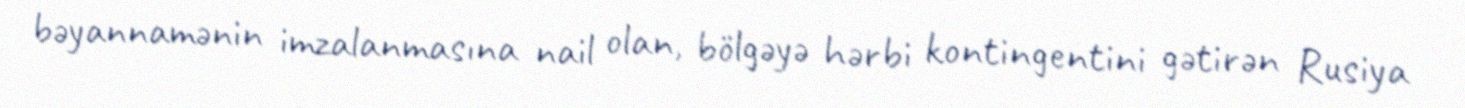
bəyannamənin imzalanmasına nail olan, bölgəyə hərbi kontingentini gətirən Rusiya